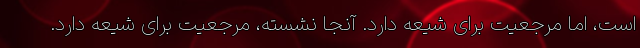
است، اما مرجعیت برای شیعه دارد. آنجا نشسته، مرجعیت برای شیعه دارد.